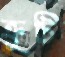
ক্রুটি